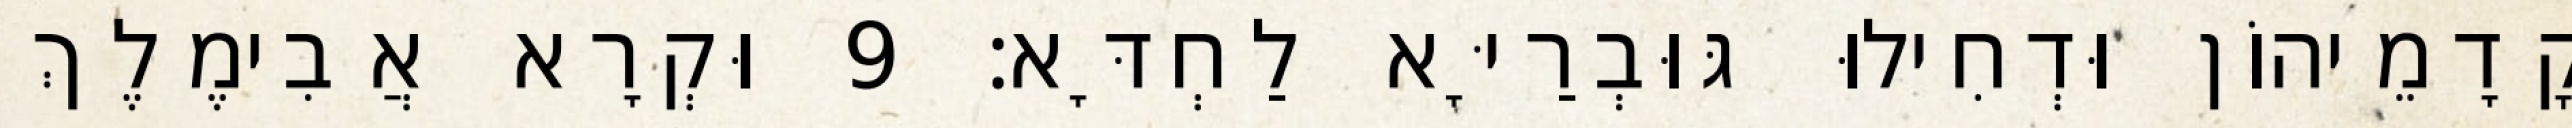
קֳדָמֵיהוֹן וּדְחִילוּ גּוּבְרַיָּא לַחְדָּא׃ 9 וּקְרָא אֲבִימֶלֶךְ